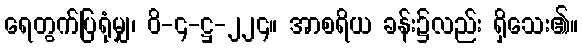
ရေတွက်ပြရုံမျှ၊ ဝိ-၄-ဋ္ဌ-၂၂၄။ အာစရိယ ခန်း၌လည်း ရှိသေး၏။